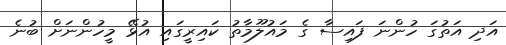
އަދި އަތުގަ ހުންނަ ފައިސާ ގެ މައުލޫމާތު ކައިރީގައި އުޅޭ މީހުންނަށް ބުނެ